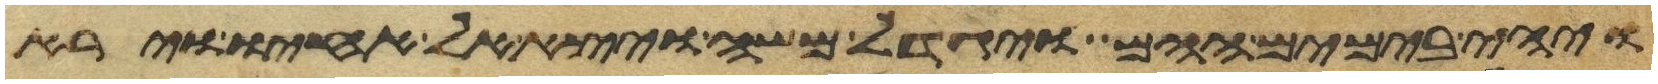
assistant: ויהי בימים ההם ויגדל משה ויצא אל אחיו וירא